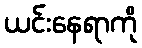
ယင်းနေရာကို